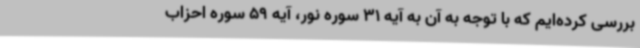
بررسی کرده‌ایم که با توجه به آن به آیه 31 سوره نور، آیه 59 سوره احزاب